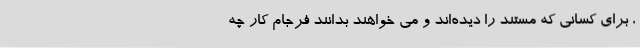
، برای کسانی که مستند را دیده‌اند و می خواهند بدانند فرجام کار چه